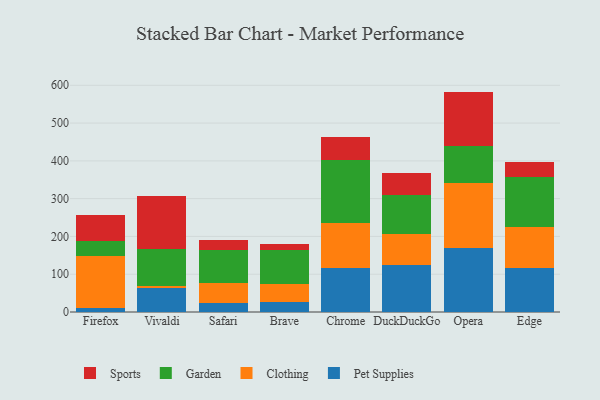
{"axis": {"x": "Browser", "y": "Net Income (USD K)"}, "legend": ["Clothing", "Garden", "Pet Supplies", "Sports"], "data": [{"x": "Firefox", "y": 9.3, "type": "Pet Supplies"}, {"x": "Firefox", "y": 139.6, "type": "Clothing"}, {"x": "Firefox", "y": 39.2, "type": "Garden"}, {"x": "Firefox", "y": 67.8, "type": "Sports"}, {"x": "Vivaldi", "y": 62.9, "type": "Pet Supplies"}, {"x": "Vivaldi", "y": 6.1, "type": "Clothing"}, {"x": "Vivaldi", "y": 99.0, "type": "Garden"}, {"x": "Vivaldi", "y": 139.2, "type": "Sports"}, {"x": "Safari", "y": 24.5, "type": "Pet Supplies"}, {"x": "Safari", "y": 52.3, "type": "Clothing"}, {"x": "Safari", "y": 88.5, "type": "Garden"}, {"x": "Safari", "y": 25.2, "type": "Sports"}, {"x": "Brave", "y": 26.8, "type": "Pet Supplies"}, {"x": "Brave", "y": 46.8, "type": "Clothing"}, {"x": "Brave", "y": 89.7, "type": "Garden"}, {"x": "Brave", "y": 16.6, "type": "Sports"}, {"x": "Chrome", "y": 116.8, "type": "Pet Supplies"}, {"x": "Chrome", "y": 118.7, "type": "Clothing"}, {"x": "Chrome", "y": 167.9, "type": "Garden"}, {"x": "Chrome", "y": 58.9, "type": "Sports"}, {"x": "DuckDuckGo", "y": 125.6, "type": "Pet Supplies"}, {"x": "DuckDuckGo", "y": 81.9, "type": "Clothing"}, {"x": "DuckDuckGo", "y": 100.9, "type": "Garden"}, {"x": "DuckDuckGo", "y": 59.4, "type": "Sports"}, {"x": "Opera", "y": 168.2, "type": "Pet Supplies"}, {"x": "Opera", "y": 173.3, "type": "Clothing"}, {"x": "Opera", "y": 96.8, "type": "Garden"}, {"x": "Opera", "y": 145.0, "type": "Sports"}, {"x": "Edge", "y": 116.6, "type": "Pet Supplies"}, {"x": "Edge", "y": 109.3, "type": "Clothing"}, {"x": "Edge", "y": 131.6, "type": "Garden"}, {"x": "Edge", "y": 39.5, "type": "Sports"}]}